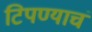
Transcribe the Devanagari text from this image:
टिपण्याचं